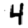
Digit: 4